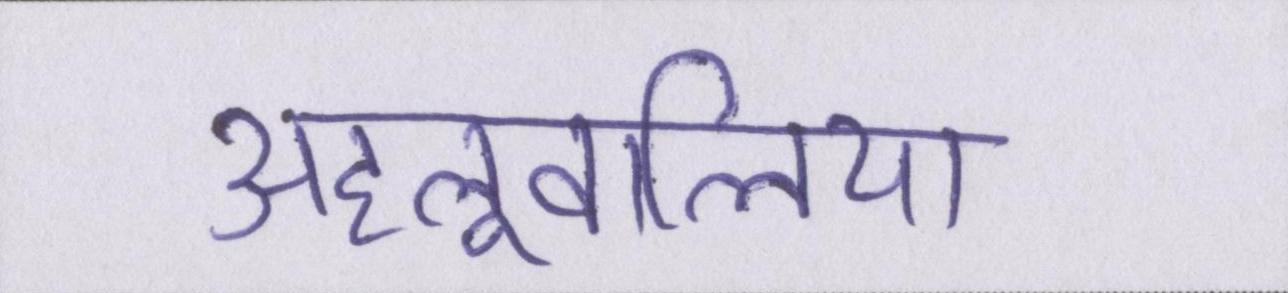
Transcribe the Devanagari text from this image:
अहलूवालिया